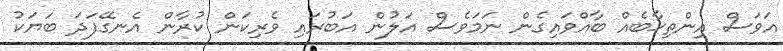
އަވަސް އިންތިޚާބެއް ބާއްވައިގެން ނަމަވެސް އަލުން އަބުރައި ވެރިކަން ކުރާން އެނގޭފަދަ ބަޔަކު